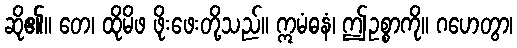
ဆို၏။ တေ၊ ထိုမိဖ ဖိုးဖေးတို့သည်။ ဣမံဓနံ၊ ဤဥစ္စာကို။ ဂဟေတွာ၊